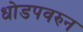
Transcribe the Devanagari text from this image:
धोडपवरुन